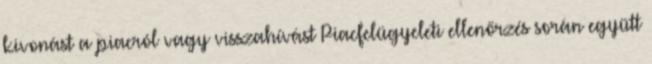
kivonást a piacról vagy visszahívást Piacfelügyeleti ellenőrzés során együtt